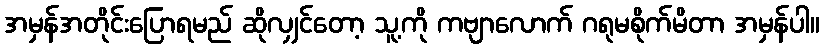
အမှန်အတိုင်းပြောရမည် ဆိုလျှင်တော့ သူ့ကို ကဗျာလောက် ဂရုမစိုက်မိတာ အမှန်ပါ။